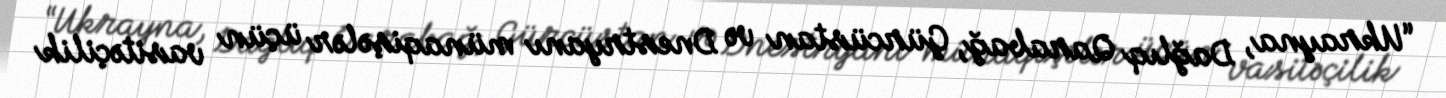
“Ukrayna, Dağlıq Qarabağ, Gürcüstan və Dnestryanı münaqişələr üçün vasitəçilik